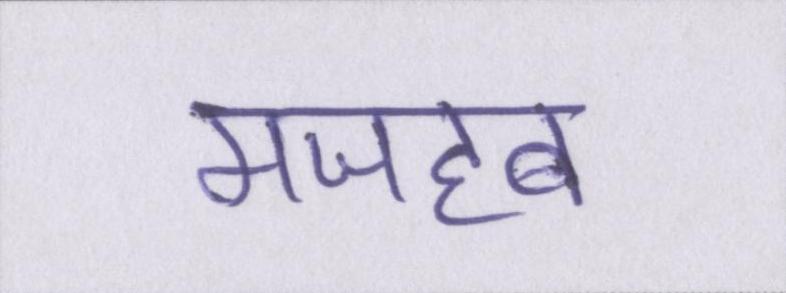
मजहब